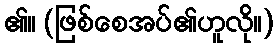
၏။ (ဖြစ်စေအပ်၏ဟူလို။)